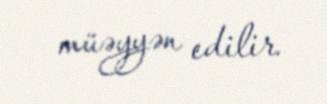
müəyyən edilir.